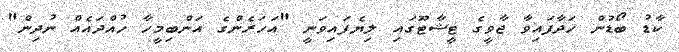
ކާޑު ބޯޑުން ހަދާފައިވާ ޖާވީގެ ޓީޝާޓޫގައި ލިޔެފައިވަނީ "އަހަރެންގެ އަންބިމީހާ ހުއްދައެއް ނުދިން"